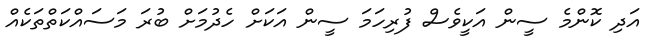
އަދި ކޮންމެ ސީން އަކީވެސް ފުރިހަމަ ސީން އަކަށް ހެދުމަށް ބުރަ މަސައްކަތްތަކެއް